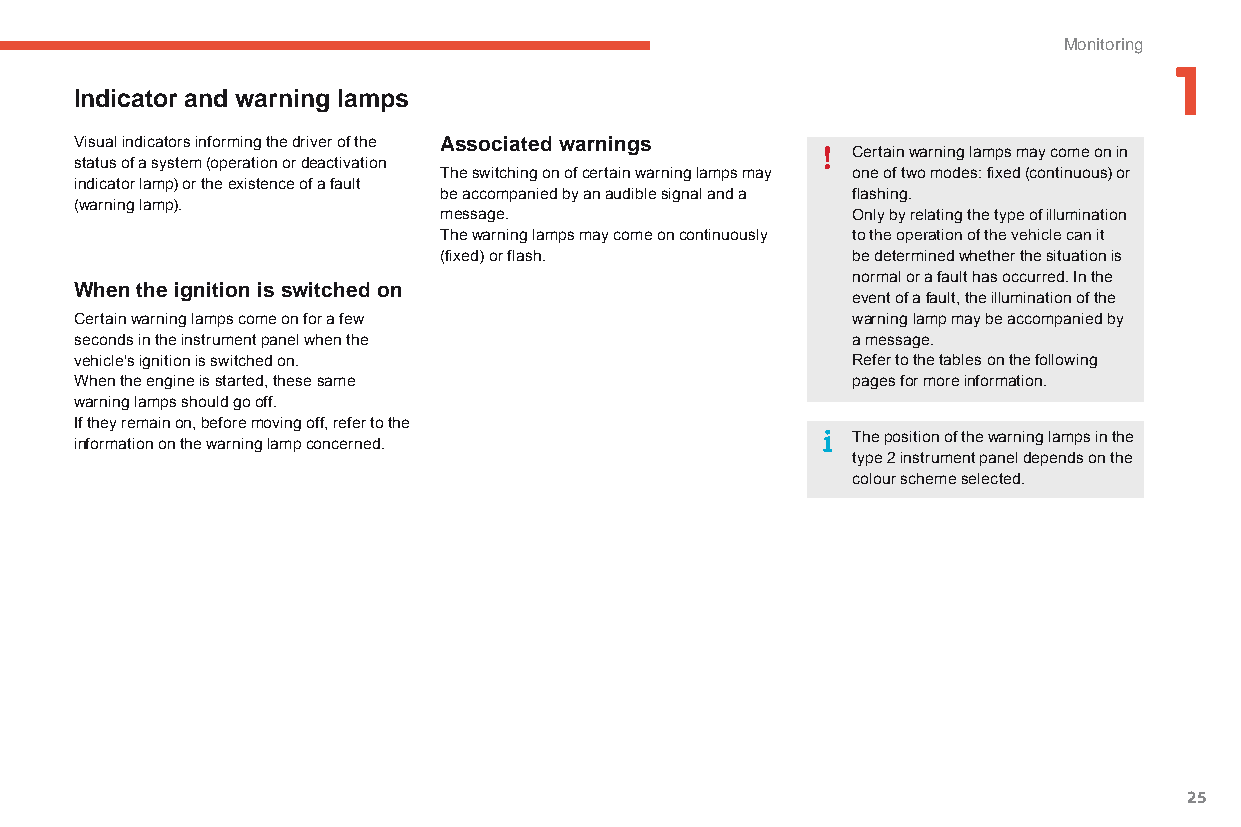
Monitoring
 1
 Indicator and warning lamps
 Visual indicators informing the driver of the Associated warnings
 Certain warning lamps may come on in
 status of a system (operation or deactivation
 The switching on of certain warning lamps may one of two modes: fixed (continuous) or
 indicator lamp) or the existence of a fault
 be accompanied by an audible signal and a flashing.
 (warning lamp).
 message.                   Only by relating the type of illumination
 The warning lamps may come on continuously to the operation of the vehicle can it
 (fixed) or flash.          be determined whether the situation is
 normal or a fault has occurred. In the
 When the ignition is switched on
 event of a fault, the illumination of the
 Certain warning lamps come on for a few            warning lamp may be accompanied by
 seconds in the instrument panel when the           a message.
 vehicle's ignition is switched on.                 Refer to the tables on the following
 When the engine is started, these same             pages for more information.
 warning lamps should go off.
 If they remain on, before moving off, refer to the
 The position of the warning lamps in the
 information on the warning lamp concerned.
 type 2 instrument panel depends on the
 colour scheme selected.
 25
 C4-Picasso-II_en_Chap01_controle-de-marche_ed01-2015